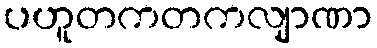
ပဟူတကတကလျာဏာ